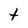
Character: t